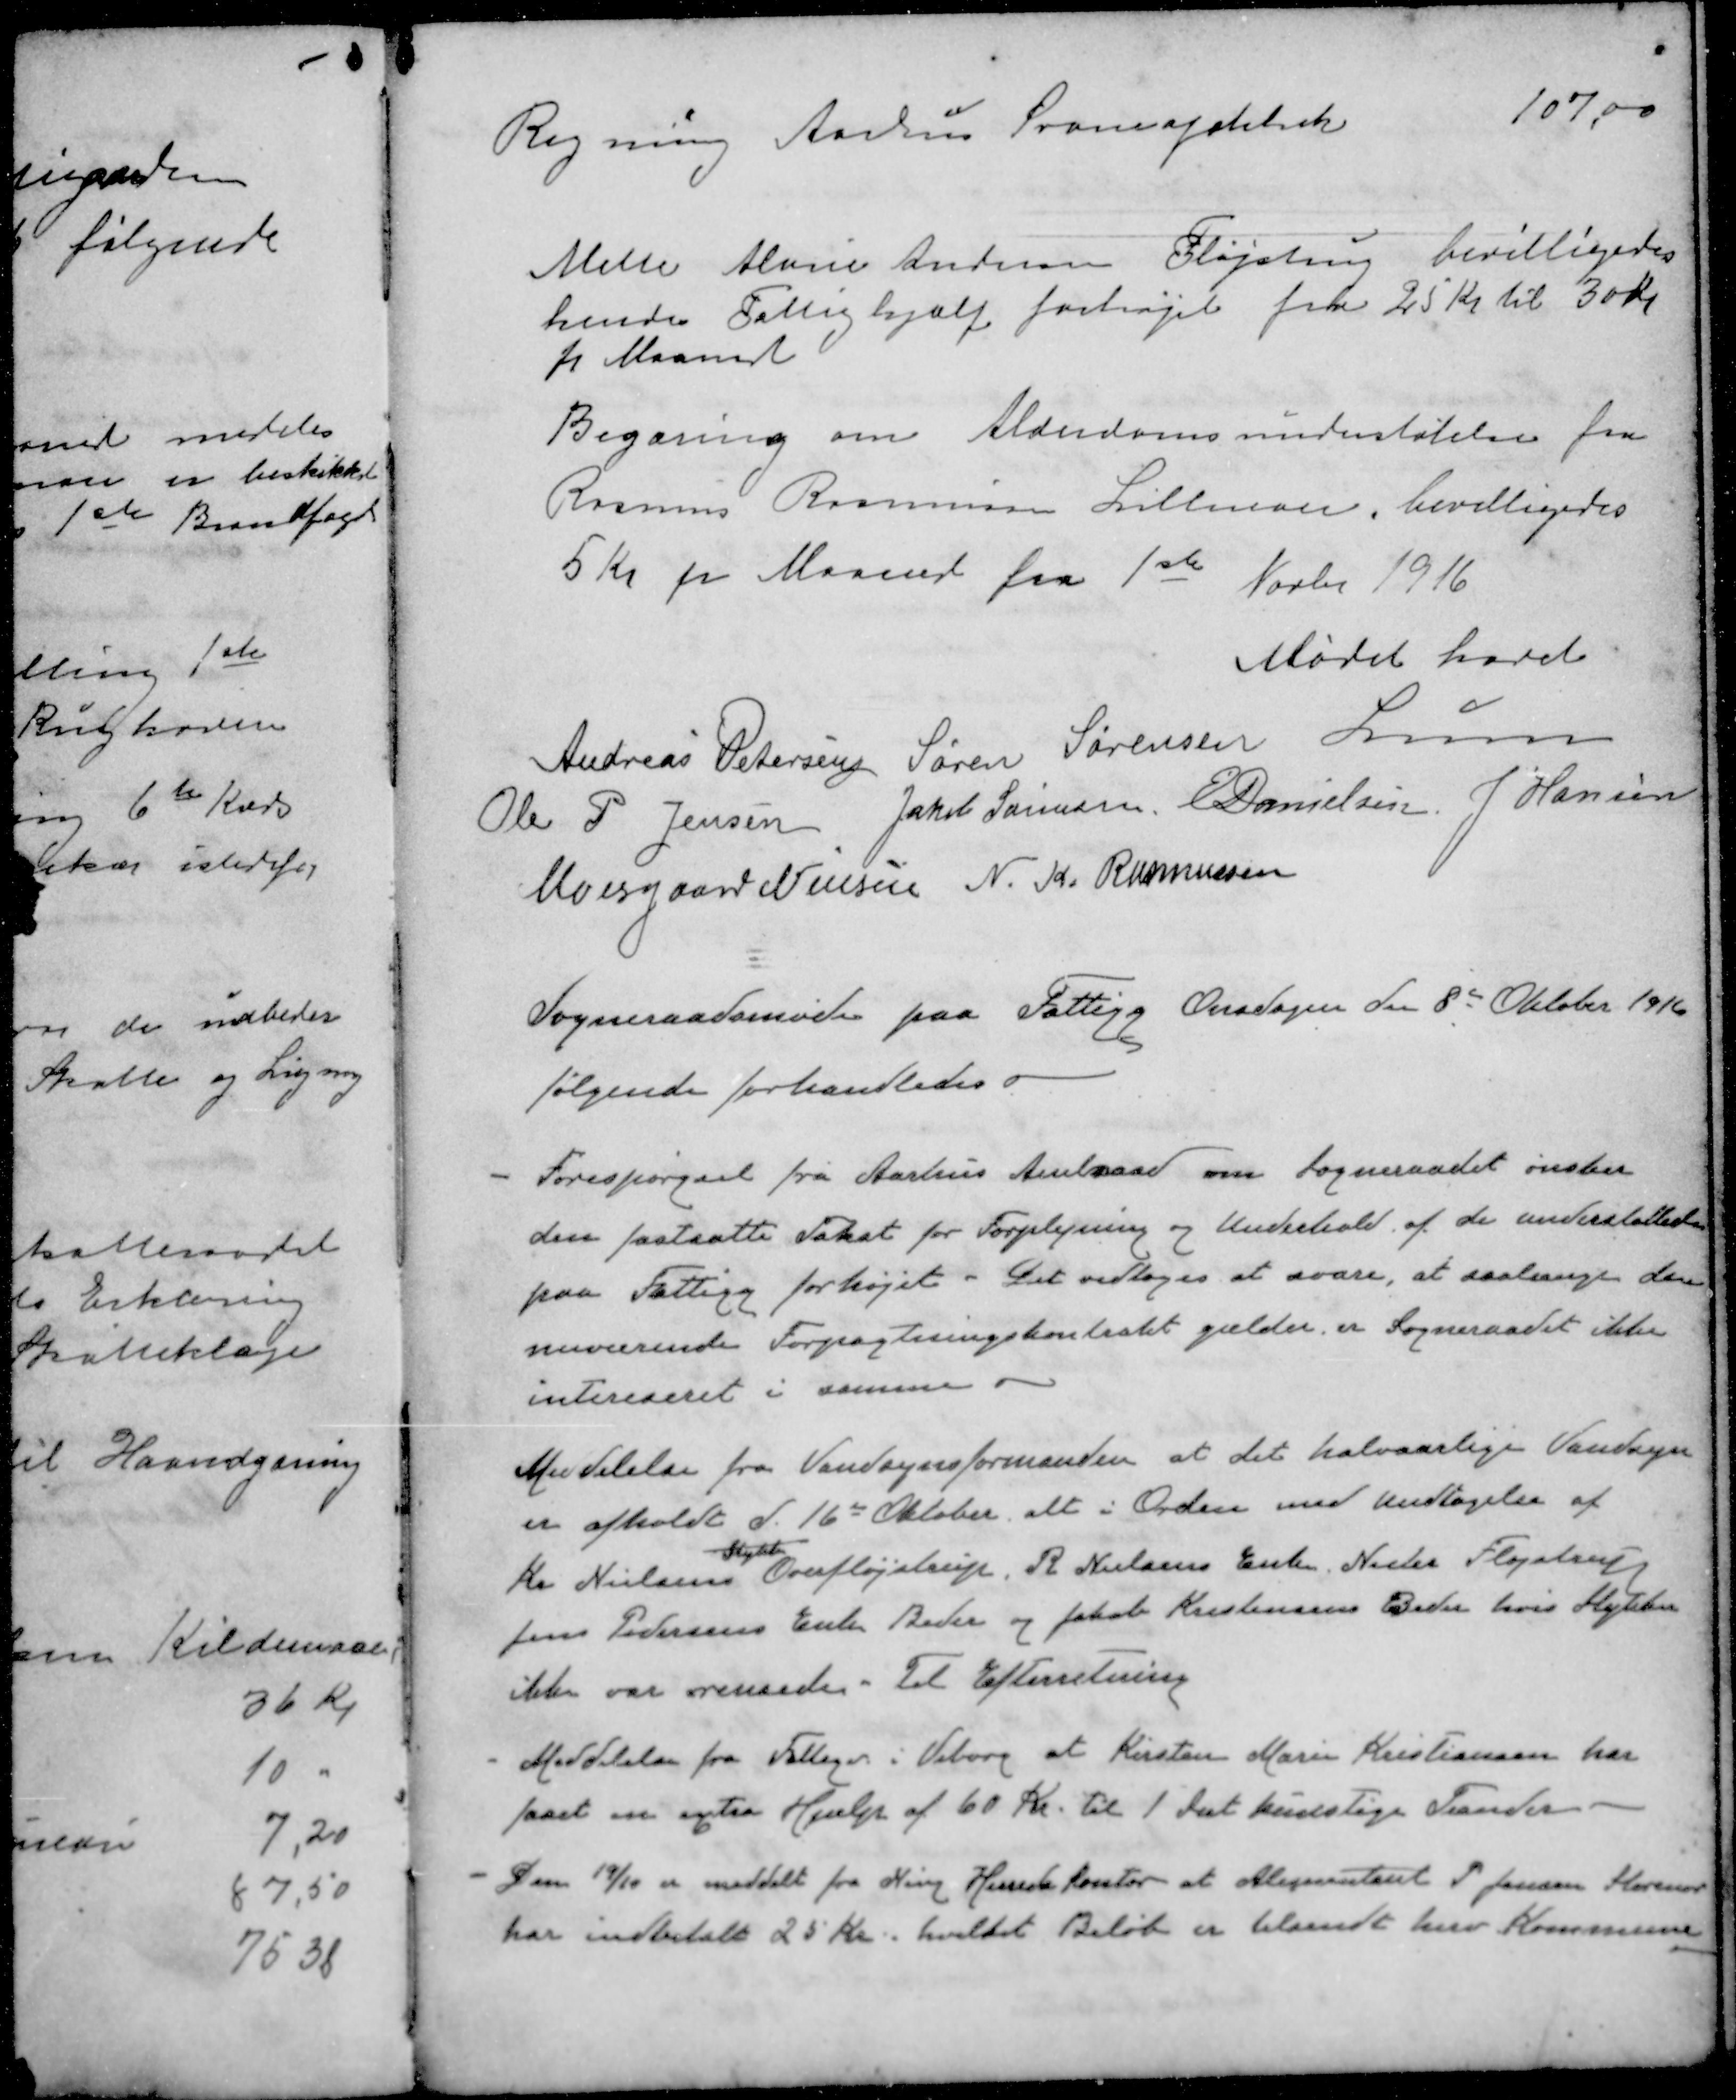
Transskription:
Regning Aarhus Svaneapothek
107,00
Mette Marie Andersen Fløjstrup bevilligedes
hende Fattighjælp forhøjet fra 25 Kr til 30 Kr.
pr. Maaned
Begæring om Alderdomsunderstøtelse fra
Rasmus Rasmussen Lillenoer, bevilligedes
5 Kr pr Maaned fra 1ste Novbr 1916.
Mødet hævet
Andreas Petersen
Søren Sørensen
Lunn
Ole P Jensen
Jakob Sørensen
E Danielsen
J Hansen
Moesgaard Nielsen
N. K. Rasmussen
Sogneraadsmøde paa Fattigg Onsdagen den 8de Oktober 1916
følgende forhandledes
- Forespørgsel fra Aarhus Amtraad om Sogneraadet ønsker
den fastsatte Takst for Forplejning og Underhold af de understøttede
paa Fattigg forhøjet. Det vedtoges at svare, at saalænge den
nuværende Forpagtningskontrakt gælder er Sogneraadet ikke
intereseret i samme
Meddelelse fra Vandsynsformanden at det halvaarlige Vandsyn
er afholdt d. 16de Oktober alt i Orden med Undtagelse af
Stykke
Kr Nielsens Overfløjstrup, R Nielsens Enke, Neder Fløjstrup
Jens Pedersens Enke Beder og Jakob Kristensens Beder hvis Stykker
ikke var rensede. Til Efterretning
- Meddelelse fra Fattigev i Viborg at Kirsten Marie Kristiansen har
faaet en extra Hjælp af 60 Kr. til 1 Sæt kunstige Tænder.
- Den 19/10 er meddelt fra Ning Herre kontor at Alimentant P. Jensen Storenor
har indbetalt 25 kr. hvilket Beløb er tilsendt herv Kommune